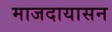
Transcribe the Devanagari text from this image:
माजदायासन